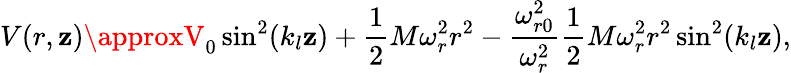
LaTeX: V(r,\mathbf{z})\approxV_{0}\sin^{2}(k_{l}\mathbf{z})+\frac{{1}}{{2}}M\omega_{r}^{2}r^{2}-\frac{{\omega_{r0}^{2}}}{{\omega_{r}^{2}}}\frac{{1}}{{2}}M\omega_{r}^{2}r^{2}\sin^{2}(k_{l}\mathbf{z}),